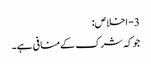
3- اخلاص:
جوکہ شرک کےمنافی ہے۔